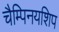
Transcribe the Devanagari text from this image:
चैम्पिनयशिप